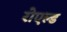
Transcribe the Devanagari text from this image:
रोएल्ड